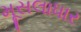
મૂસલાધાર